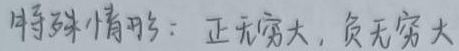
特殊情形：正无穷大，负无穷大